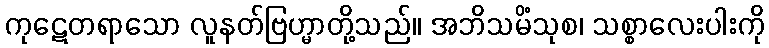
ကုဋေတရာသော လူနတ်ဗြဟ္မာတို့သည်။ အဘိသမိံသုစ၊ သစ္စာလေးပါးကို